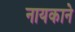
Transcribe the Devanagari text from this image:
नायकाने